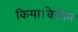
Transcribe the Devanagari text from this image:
किया।केविन